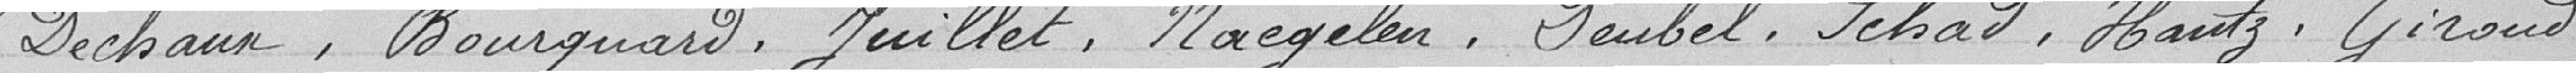
Dechaun, Bourquard, Juillet, Naegelen, Deubel, Schad, Hantz, Giroud.